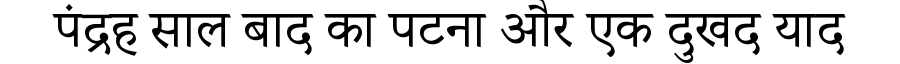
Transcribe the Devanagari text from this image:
पंद्रह साल बाद का पटना और एक दुखद याद